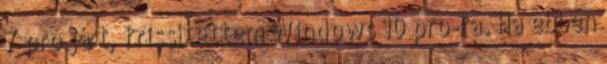
7 pro járt, frissítettem Windows 10 pro-ra. Ha ebben